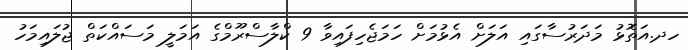
ހދ.އަތޮޅު މަދަރުސާގައި އަލަށް އެޅުމަށް ހަމަޖެހިފައިވާ 9 ކްލާސްރޫމްގެ އަމަލީ މަސައްކަތް ޖުލައިމަހު